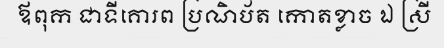
ឪពុក ជាទីគោរព ប្រណិប័ត កោតខ្លាច ឯ ស្រី